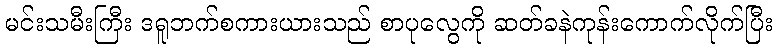
မင်းသမီးကြီး ဒရူဘက်စကားယားသည် စာပုလွေကို ဆတ်ခနဲကုန်းကောက်လိုက်ပြီး